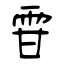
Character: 雸